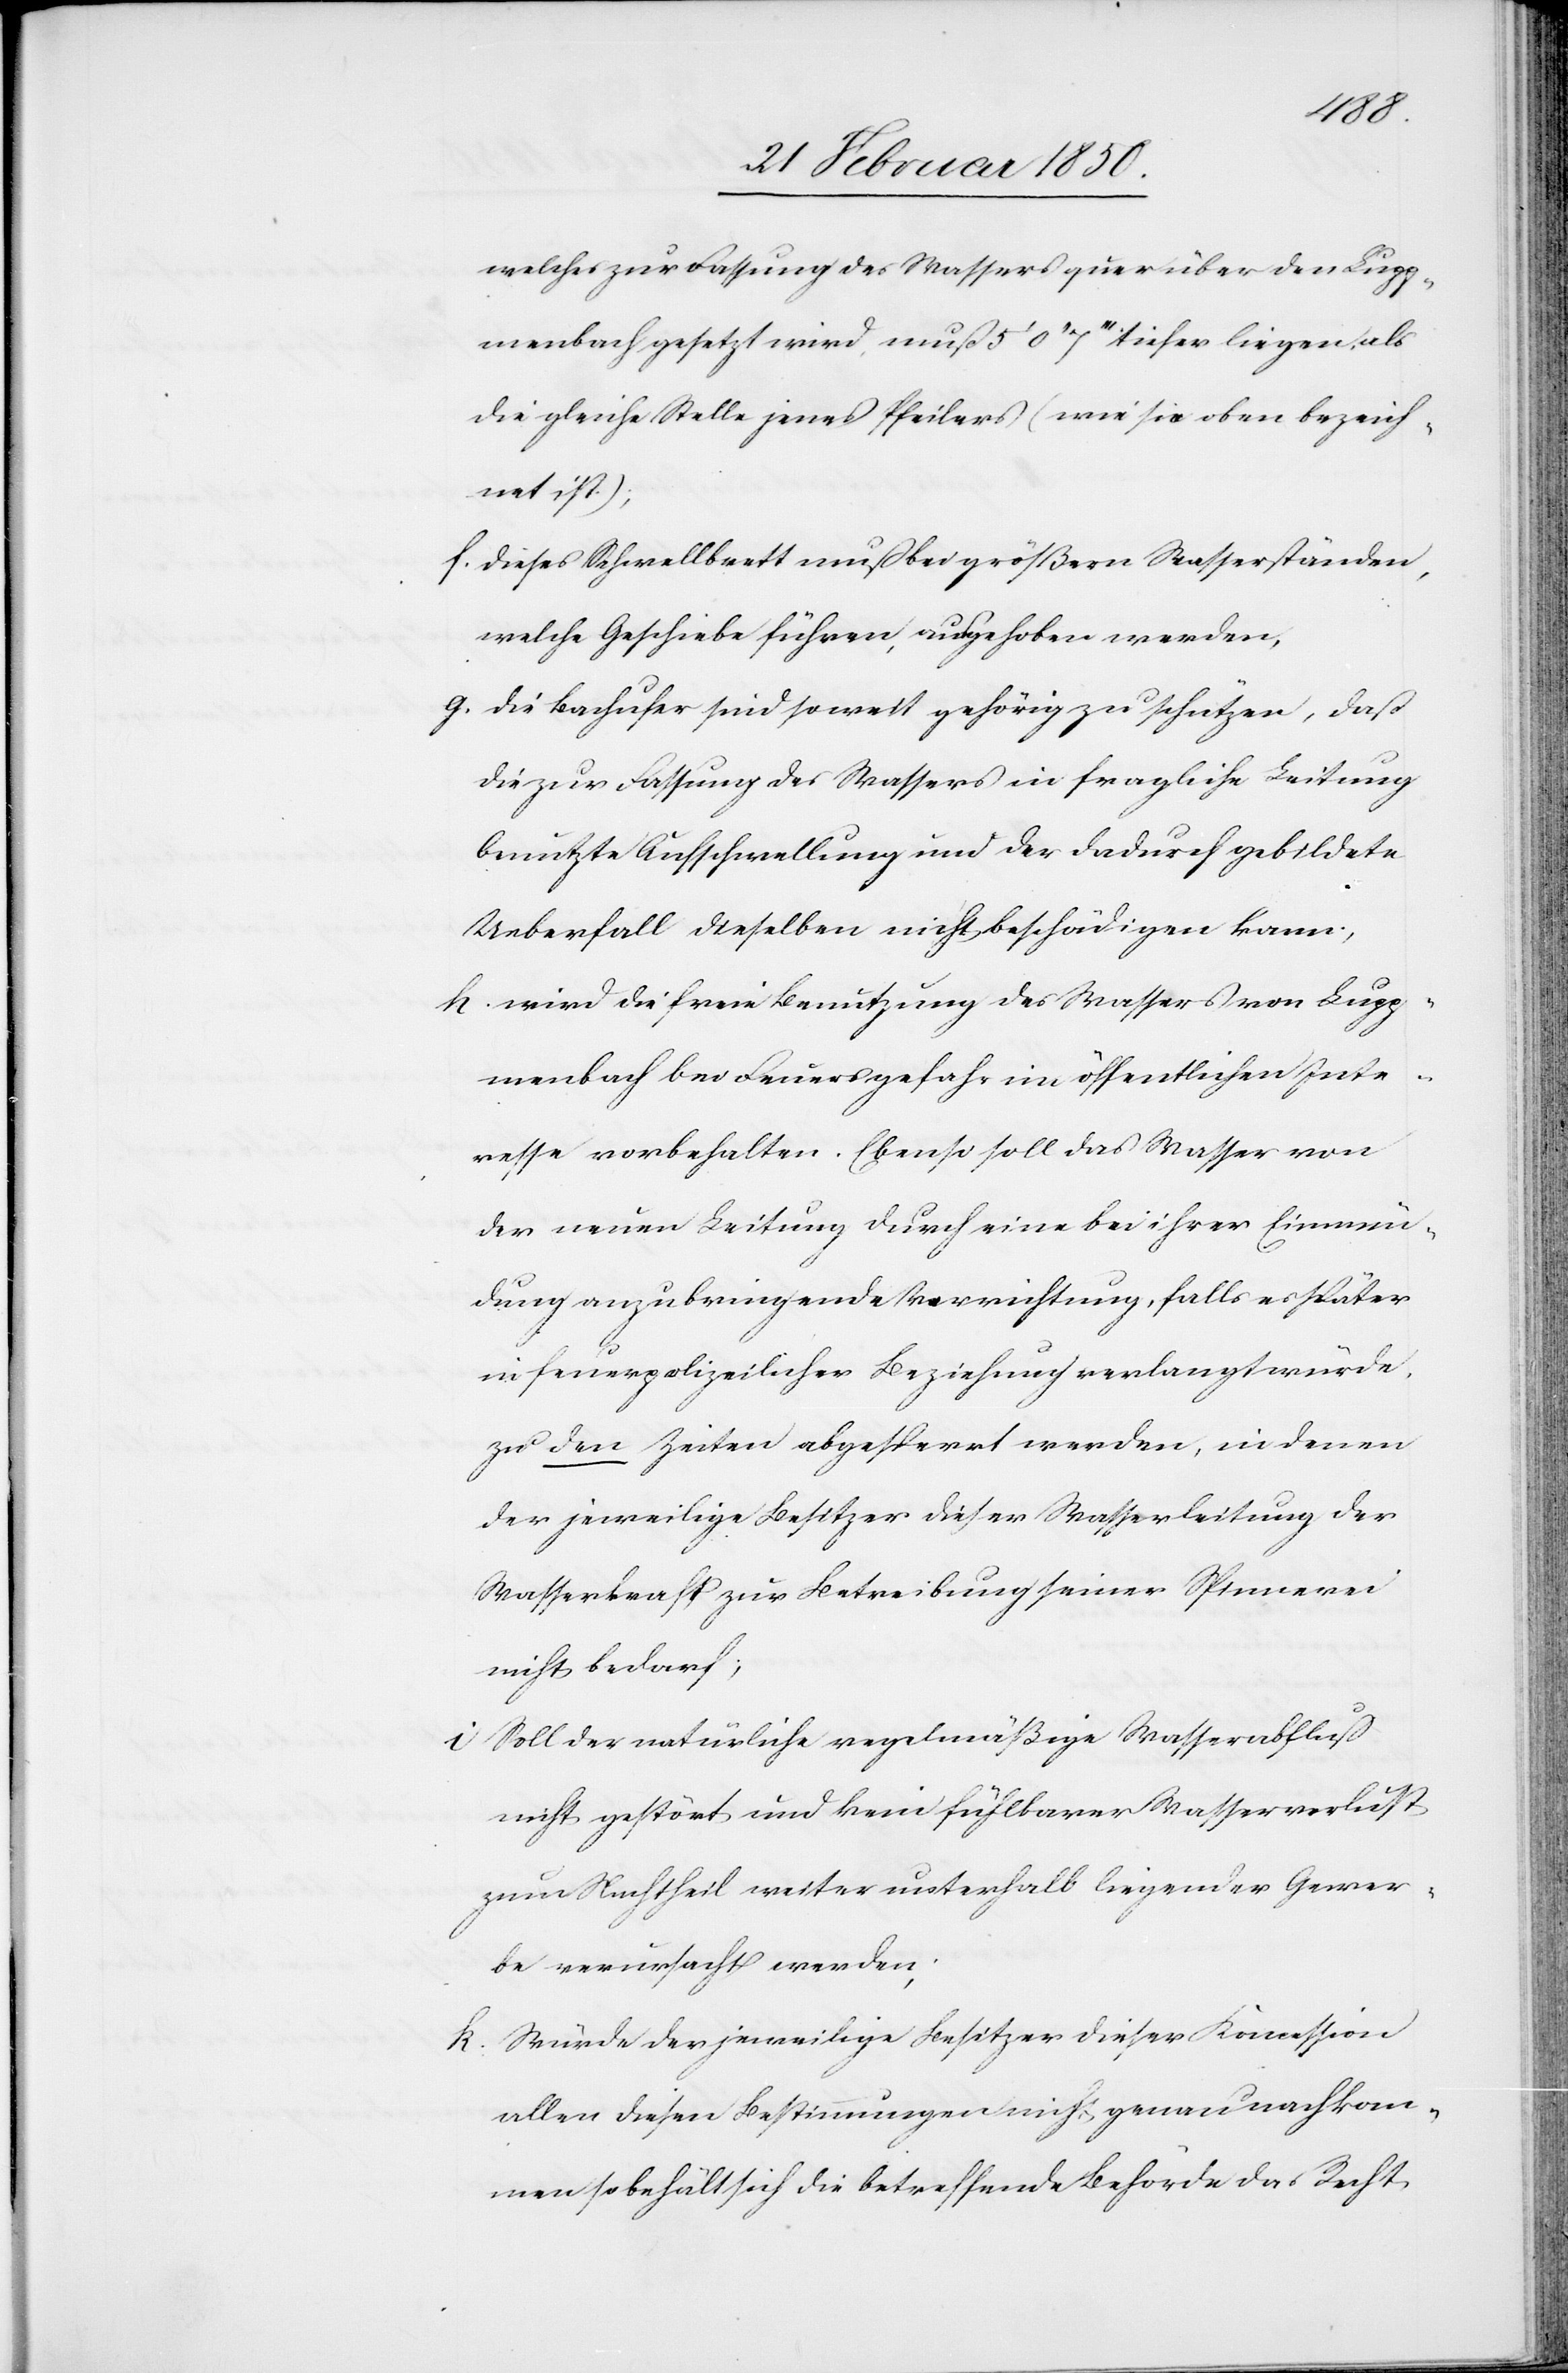
welches zur Fassung des Wassers quer über den Lupp¬
menbach gesetzt wird, muß 5ʼ 0ʼʼ 7ʼʼʼ tiefer liegen, als
die gleiche Stelle jenes Pfeilers (wie sie oben bezeich¬
net ist);
f. Dieses Schwellbrett muß bei größern Wasserständen,
welche Geschiebe führen, ausgehoben werden,
g. Die Bachufer sind soweit gehörig zu schützen, daß
die zur Fassung des Wassers in fragliche Leitung
benutzte Aufschwellung und der dadurch gebildete
Ueberfall dieselben nicht beschädigen kann;
h. wird die freie Benutzung des Wassers von Lupp¬
menbach bei Feuersgefahr im öffentlichen Inte¬
resse vorbehalten. Ebenso soll das Wasser von
der neuen Leitung durch eine bei ihrer Einmün¬
dung anzubringende Ve[?o]rrichtung, falls es später
in feuerpolizeilicher Beziehung verlangt würde,
zu den Zeiten abgesperrt werden, in denen
der jeweilige Besitzer dieser Wasserleitung der
Wasserkraft zur Betreibung seiner Spinnerei
nicht bedarf;
i Soll der natürliche regelmäßige Wasserabfluß
nicht gestört und kein fühlbarer Wasserverlust
zum Nachtheil weiter unterhalb liegender Gewer¬
be verursacht werden;
k. Würde der jeweilige Besitzer dieser Koncession
allen diesen Bestimmungen nicht genau nachkom¬
men so behält sich die betreffende Behörde das Recht